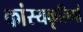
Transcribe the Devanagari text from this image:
कांस्यकृतियाँ